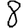
Digit: 8